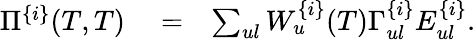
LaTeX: \begin{array}{rlr}{\Pi^{\{ i\} }(T,T)}&{{}=}&{\sum_{ul}W_{u}^{\{ i\} }(T)\Gamma_{ul}^{\{ i\} }E_{ul}^{\{ i\} }.}\end{array}